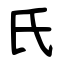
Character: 氏